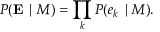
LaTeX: P ( \mathbf { E } \mid M ) = \prod _ { k } { P ( e _ { k } \mid M ) } .